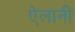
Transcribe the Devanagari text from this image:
ऐलानी